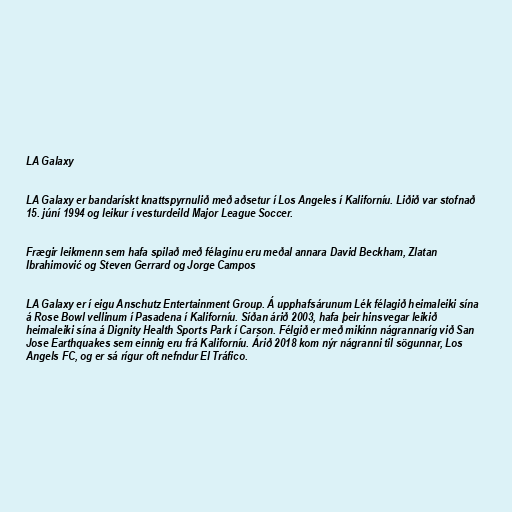
LA Galaxy

LA Galaxy er bandarískt knattspyrnulið með aðsetur í Los Angeles í Kaliforníu. Liðið var stofnað
15. júní 1994 og leikur í vesturdeild Major League Soccer.

Frægir leikmenn sem hafa spilað með félaginu eru meðal annara David Beckham, Zlatan
Ibrahimović og Steven Gerrard og Jorge Campos

LA Galaxy er í eigu Anschutz Entertainment Group. Á upphafsárunum Lék félagið heimaleiki sína
á Rose Bowl vellinum í Pasadena í Kaliforníu. Síðan árið 2003, hafa þeir hinsvegar leikið
heimaleiki sína á Dignity Health Sports Park í Carson. Félgið er með mikinn nágrannaríg við San
Jose Earthquakes sem einnig eru frá Kaliforníu. Árið 2018 kom nýr nágranni til sögunnar, Los
Angels FC, og er sá rígur oft nefndur El Tráfico.